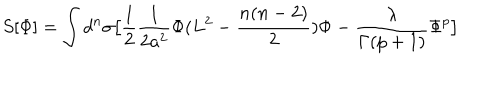
S [ \Phi ] = \int d ^ { n } \sigma \big [ \frac { 1 } { 2 } \frac { 1 } { 2 a ^ { 2 } } \Phi ( L ^ { 2 } - \frac { n ( n - 2 ) } { 2 } ) \Phi - \frac { \lambda } { \Gamma ( p + 1 ) } \Phi ^ { p } \big ]